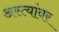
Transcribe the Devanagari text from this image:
अस्त्यांवर